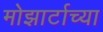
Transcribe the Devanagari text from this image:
मोझार्टाच्या